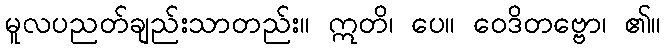
မူလပညတ်ချည်းသာတည်း။ ဣတိ၊ ပေ။ ဝေဒိတဗ္ဗော၊ ၏။